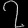
Digit: ၇